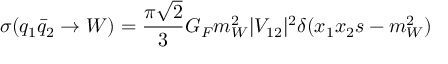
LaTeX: \sigma ( q _ { 1 } \bar { q } _ { 2 } \rightarrow W ) = \frac { \pi \sqrt { 2 } } { 3 } G _ { F } m _ { W } ^ { 2 } | V _ { 1 2 } | ^ { 2 } \delta ( x _ { 1 } x _ { 2 } s - m _ { W } ^ { 2 } )